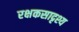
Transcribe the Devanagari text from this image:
रक्षकसादृश्य